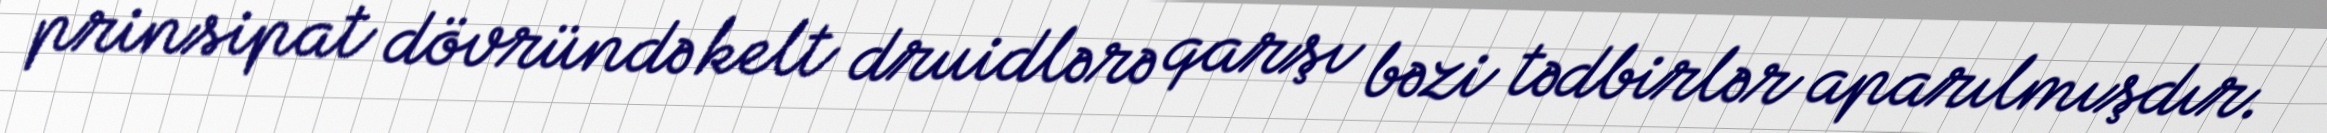
prinsipat dövründə kelt druidlərə qarşı bəzi tədbirlər aparılmışdır.